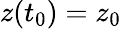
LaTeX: z(t_{0})=z_{0}